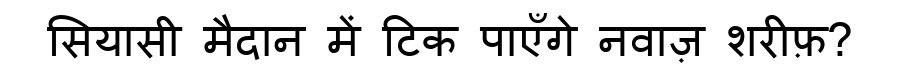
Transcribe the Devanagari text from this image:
सियासी मैदान में टिक पाएँगे नवाज़ शरीफ़?